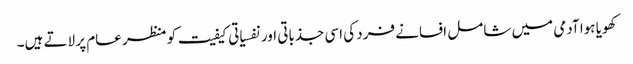
کھویا ہوا آدمی میں شامل افسانے فرد کی اسی جذباتی اور نفسیاتی کیفیت کو منظر عام پر لاتے ہیں۔